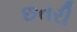
છતરી